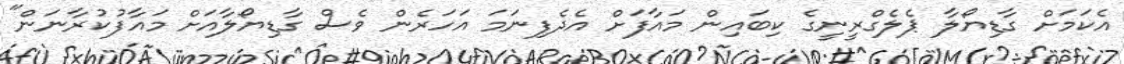
އެކަމަށް ގާޑިޔޯލާ ޕެލެގްރީނީގެ ކިބައިން މައާފަށް އެދެފިނަމަ އަހަރެން ވެސް ގާޑިޔޯލާއަށް މައާފުކުރާނަން"